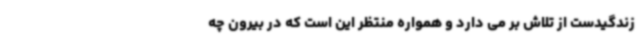
زندگیدست از تلاش بر می دارد و همواره منتظر این است که در بیرون چه